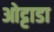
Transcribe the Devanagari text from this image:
ओट्टाडा